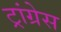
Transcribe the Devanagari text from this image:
ट्रांग्रेस